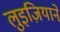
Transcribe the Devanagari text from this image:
लुइज़ियाने